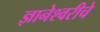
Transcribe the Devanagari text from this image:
ज्ञानेश्‍वरीचे